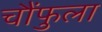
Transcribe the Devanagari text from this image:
चौंफुला